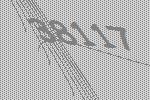
38117